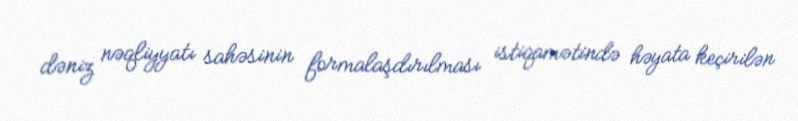
dəniz nəqliyyatı sahəsinin formalaşdırılması istiqamətində həyata keçirilən